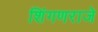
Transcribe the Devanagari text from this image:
शिंगणराजे